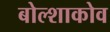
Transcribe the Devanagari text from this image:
बोल्शाकोव